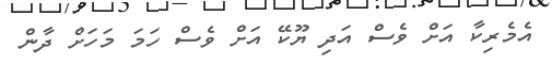
އެމެރިކާ އަށް ވެސް އަދި ޔޫކޭ އަށް ވެސް ހަމަ މަހަށް ދާން